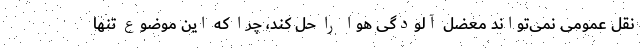
نقل عمومی نمی‌تواند معضل آلودگی هوا را حل کند، چرا که این موضوع تنها